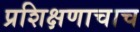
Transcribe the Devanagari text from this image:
प्रशिक्षणाचाच